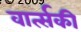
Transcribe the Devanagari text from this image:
वार्त्सकी